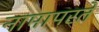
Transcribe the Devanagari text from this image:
नामापरते